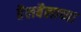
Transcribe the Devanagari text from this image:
तैलबैलाच्या